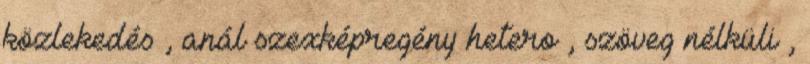
közlekedés , anál szexképregény hetero , szöveg nélküli ,